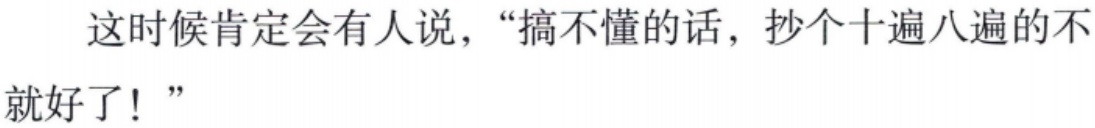
这时候肯定会有人说，“搞不懂的话，抄个十遍八遍的不就好了！”